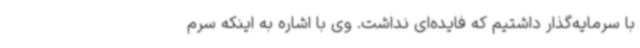
با سرمایه‌گذار داشتیم که فایده‌ای نداشت. وی با اشاره به اینکه سرم